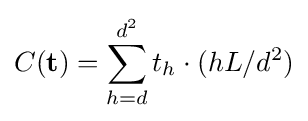
C(\mathbf {t} )=\sum _{h=d}^{d^{2}}t_{h}\cdot (hL/d^{2})